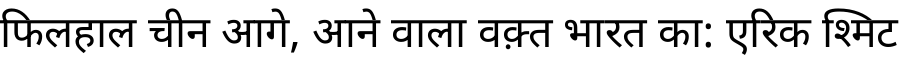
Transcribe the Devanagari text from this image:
फिलहाल चीन आगे, आने वाला वक़्त भारत का: एरिक श्मिट